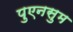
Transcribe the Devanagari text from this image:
पुएनसुम